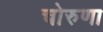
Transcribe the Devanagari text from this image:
चोरुणा